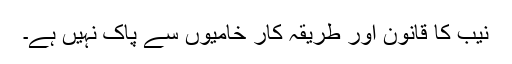
نیب کا قانون اور طریقہ کار خامیوں سے پاک نہیں ہے۔